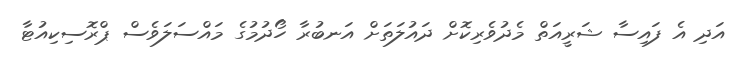
އަދި އެ ފައިސާ ޝަރީއަތް މެދުވެރިކޮށް ދައުލަތަށް އަނބުރާ ހޯދުމުގެ މައްސަލަވެސް ޕްރޮސިކިއުޓާ